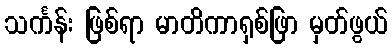
သင်္ကန်း ဖြစ်ရာ မာတိကာရှစ်ဖြာ မှတ်ဖွယ်